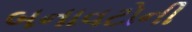
બનાવટોની